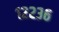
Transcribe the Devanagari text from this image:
१२२३६